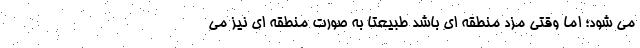
می شود؛ اما وقتی مزد منطقه ای باشد طبیعتا به صورت منطقه ای نیز می